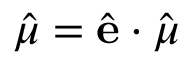
\hat { \mu } = \hat { \mathbf { e } } \cdot \hat { \boldsymbol { \mu } }